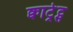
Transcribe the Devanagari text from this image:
क्वाट्रेट्स